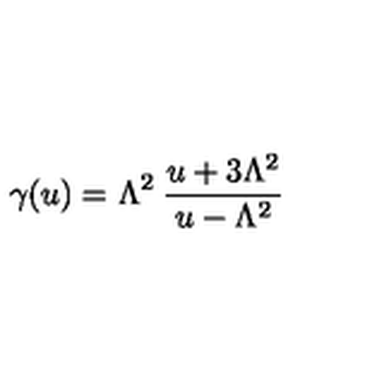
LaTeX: \gamma ( u ) = \Lambda ^ { 2 } \: \frac { u + 3 \Lambda ^ { 2 } } { u - \Lambda ^ { 2 } }